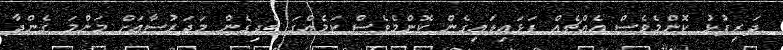
ދަރިފުޅު ކޮންމެވެސް އެއްޗެއް ފަޅައިލައިގެން ކޮންމެވެސް ކަމެއްގަ ބެދިގެން މަދަރުސާއަށް މަންމަ ގެންދާ